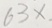
6 3 x